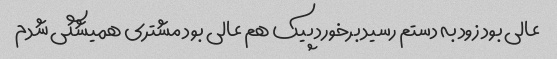
عالی بود زود به دستم رسید برخورد پیک هم عالی بود مشتری همیشگی شدم